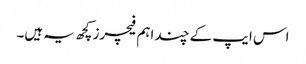
اس ایپ کے چند اہم فیچرز کچھ یہ ہیں۔